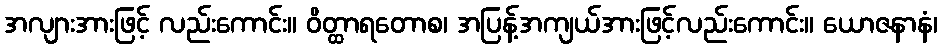
အလျားအားဖြင့် လည်းကောင်း။ ဝိတ္ထာရတောစ၊ အပြန့်အကျယ်အားဖြင့်လည်းကောင်း။ ယောဇနာနံ၊